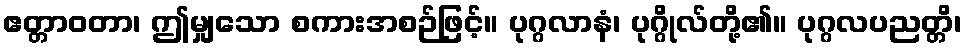
ဧတ္တာဝတာ၊ ဤမျှသော စကားအစဉ်ဖြင့်။ ပုဂ္ဂလာနံ၊ ပုဂ္ဂိုလ်တို့၏။ ပုဂ္ဂလပညတ္တိ၊